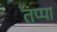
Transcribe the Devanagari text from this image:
तप्पा